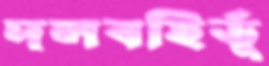
দলবহির্ভূ